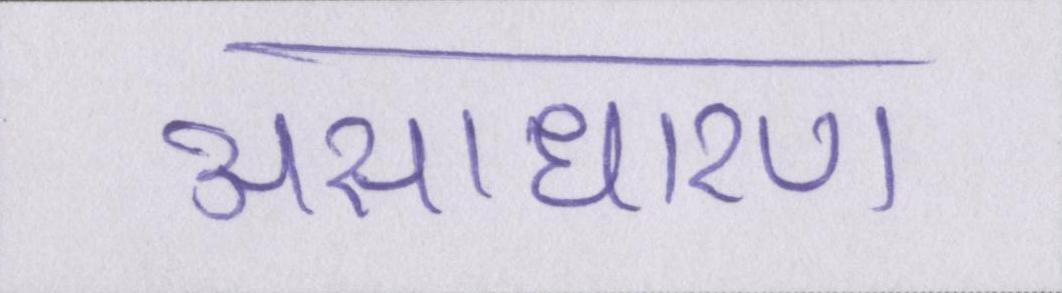
असाधारण